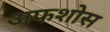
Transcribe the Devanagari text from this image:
अफशोस